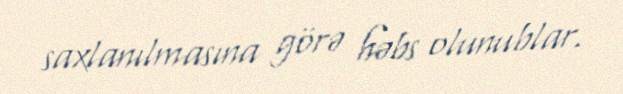
saxlanılmasına görə həbs olunublar.